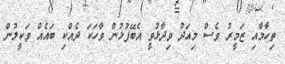
ތިހާމާއި ޒަމީރު ވެސް މިއަދު ވިދާޅުވީ އެބޭފުޅުން ވާހަކަ ދެއްކި ބައެއް ވަކީލުން